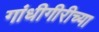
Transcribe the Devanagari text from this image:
गांधीगीरीच्या